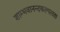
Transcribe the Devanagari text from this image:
शाम्भवानन्दकल्पलता